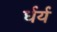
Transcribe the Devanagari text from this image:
र्धर्य